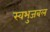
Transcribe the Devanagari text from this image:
स्वभुजबल